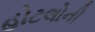
હોટલોની